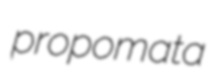
propomata